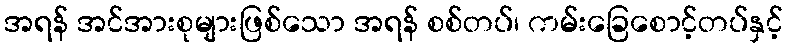
အရန် အင်အားစုများဖြစ်သော အရန် စစ်တပ်၊ ကမ်းခြေစောင့်တပ်နှင့်